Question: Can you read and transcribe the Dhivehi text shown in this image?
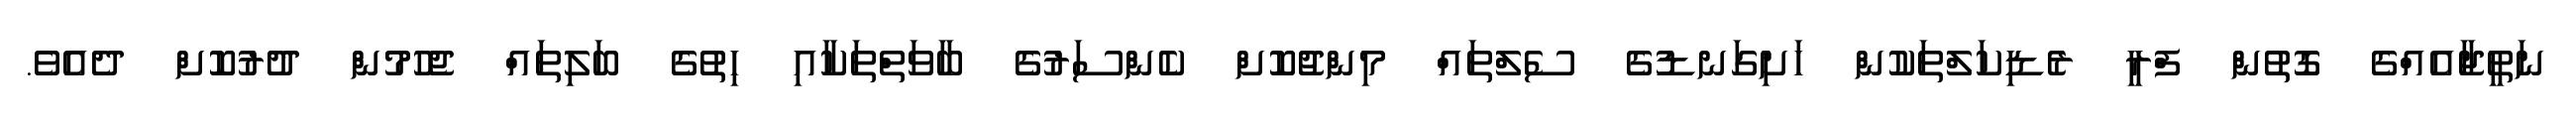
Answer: ނަތީޖާއެއްގެ ގޮތުން ފްރީ ރެޑިކަލްތަކުން ހަށިގަނޑުގެ ސެލްތައް މިންޖުކޮށް ކެންސަރުގެ ބާވަތްތަކާއި ހިތުގެ ބަލިތައް ޖެހުމުން ދުރުކޮށް ދެއެވެ.